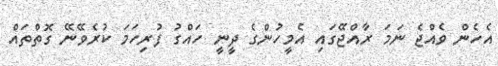
އެހެން ވެއްޖެ ނަމަ ރާއްޖޭގައި އެމީހުންގެ ދީނީ ހައްގު ފުރިހަމަ ކުރެވޭނޭ ގޮތްތައް